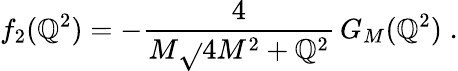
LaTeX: f_{2}(\mathbb{Q}^{2})=-\frac{{4}}{{M\sqrt{}{{4M^{2}+\mathbb{Q}^{2}}}}}\, G_{M}(\mathbb{Q}^{2})\; .